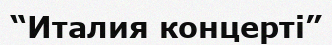
“Италия концерті”